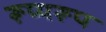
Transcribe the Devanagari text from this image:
रूप्यरूप